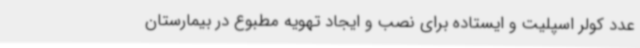
عدد کولر اسپلیت و ایستاده برای نصب و ایجاد تهویه مطبوع در بیمارستان